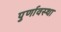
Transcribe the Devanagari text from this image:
पुर्णावस्था